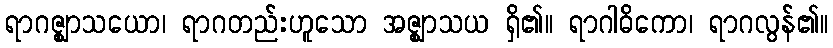
ရာဂဇ္ဈာသယော၊ ရာဂတည်းဟူသော အဇ္ဈာသယ ရှိ၏။ ရာဂါဓိကော၊ ရာဂလွန်၏။